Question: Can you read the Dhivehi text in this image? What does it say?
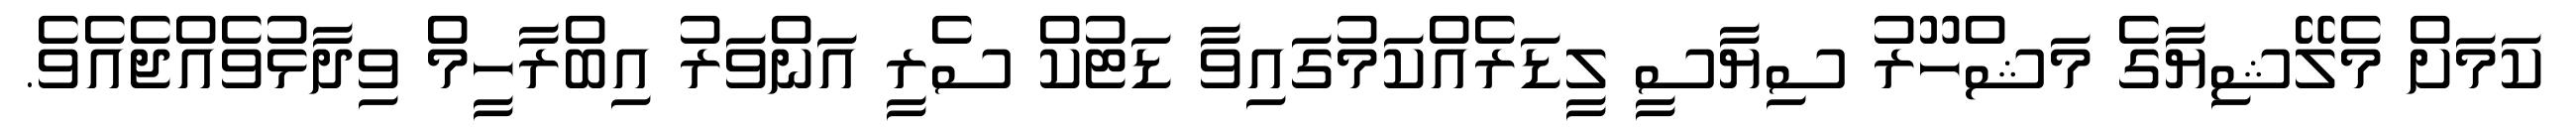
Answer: ކަމަށް މެލޭޝިޔާގެ މަޝްހޫރު ސިޔާސީ ލީޑަރެއްކަމުގައިވާ ޑަޓުކް ސެރީ އަންވަރު އިބްރާހީމް ވިދާޅުވެއްޖެއެވެ.